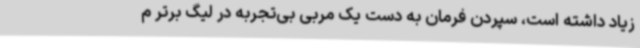
زیاد داشته است، سپردن فرمان به دست یک مربی بی‌تجربه در لیگ برتر م